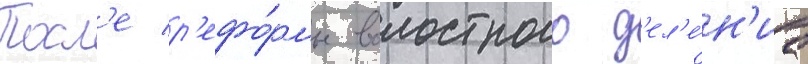
Посл'е р'ефо́рмы волостного д'ел'е́н'иа